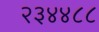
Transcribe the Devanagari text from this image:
२३४४८८